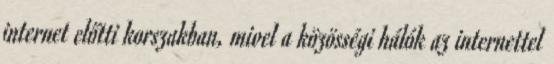
internet előtti korszakban, mivel a közösségi hálók az internettel